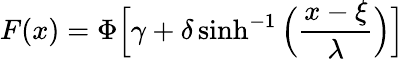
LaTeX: F(x)=\Phi{\Big[}\gamma+\delta\sinh^{-1}{\Big(}{\frac{x-\xi}{\lambda}}{\Big)}{\Big]}